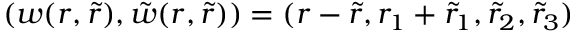
( w ( r , \tilde { r } ) , \tilde { w } ( r , \tilde { r } ) ) = ( r - \tilde { r } , r _ { 1 } + \tilde { r } _ { 1 } , \tilde { r } _ { 2 } , \tilde { r } _ { 3 } )